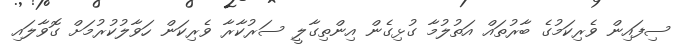
ސިފައިން ވެރިކަމުގެ ބާރުތައް އަތުލުމާ ގުޅިގެން އިންތިގާލީ ސަރުކާރާ ވެރިކަން ހަވާލުކުރުމަށް ގޮވާލައި